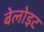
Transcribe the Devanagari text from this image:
बेलोइट